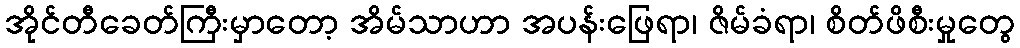
အိုင်တီခေတ်ကြီးမှာတော့ အိမ်သာဟာ အပန်းဖြေရာ၊ ဇိမ်ခံရာ၊ စိတ်ဖိစီးမှုတွေ